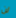
لن